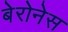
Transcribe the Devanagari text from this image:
बेरोनेस